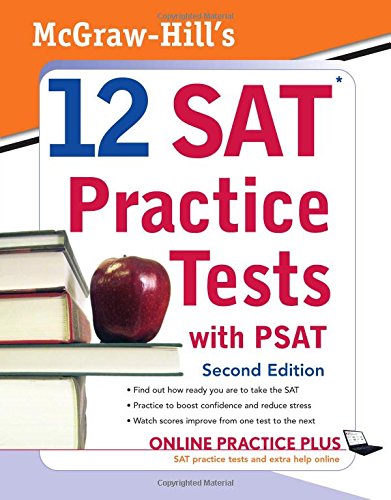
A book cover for McGraw-Hill's 12 SAT Practice Tests with PSAT; Christopher Black; Test Preparation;